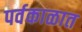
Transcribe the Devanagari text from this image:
पर्वकाळात